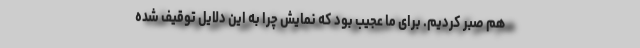
هم صبر کردیم. برای ما عجیب بود که نمایش چرا به این دلایل توقیف شده